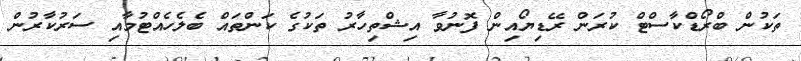
ތަކުން ބްރޯޑްކާސްޓް ކުރަން ރޭޑިޔޯއިން ފޮނުވާ އިޝްތިހާރު ތަކުގެ ކަންތައް ބެލެހެއްޓުމާއި ސަރުކާރުން